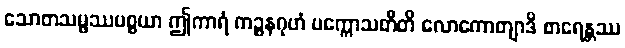
သောတသမ္ဖဿပစ္စယာ ဤကာရံ ကဉ္စနဂုဟံ ပက္ကောသတီတိ လောကောတျာဒိ စာရေန္တဿ